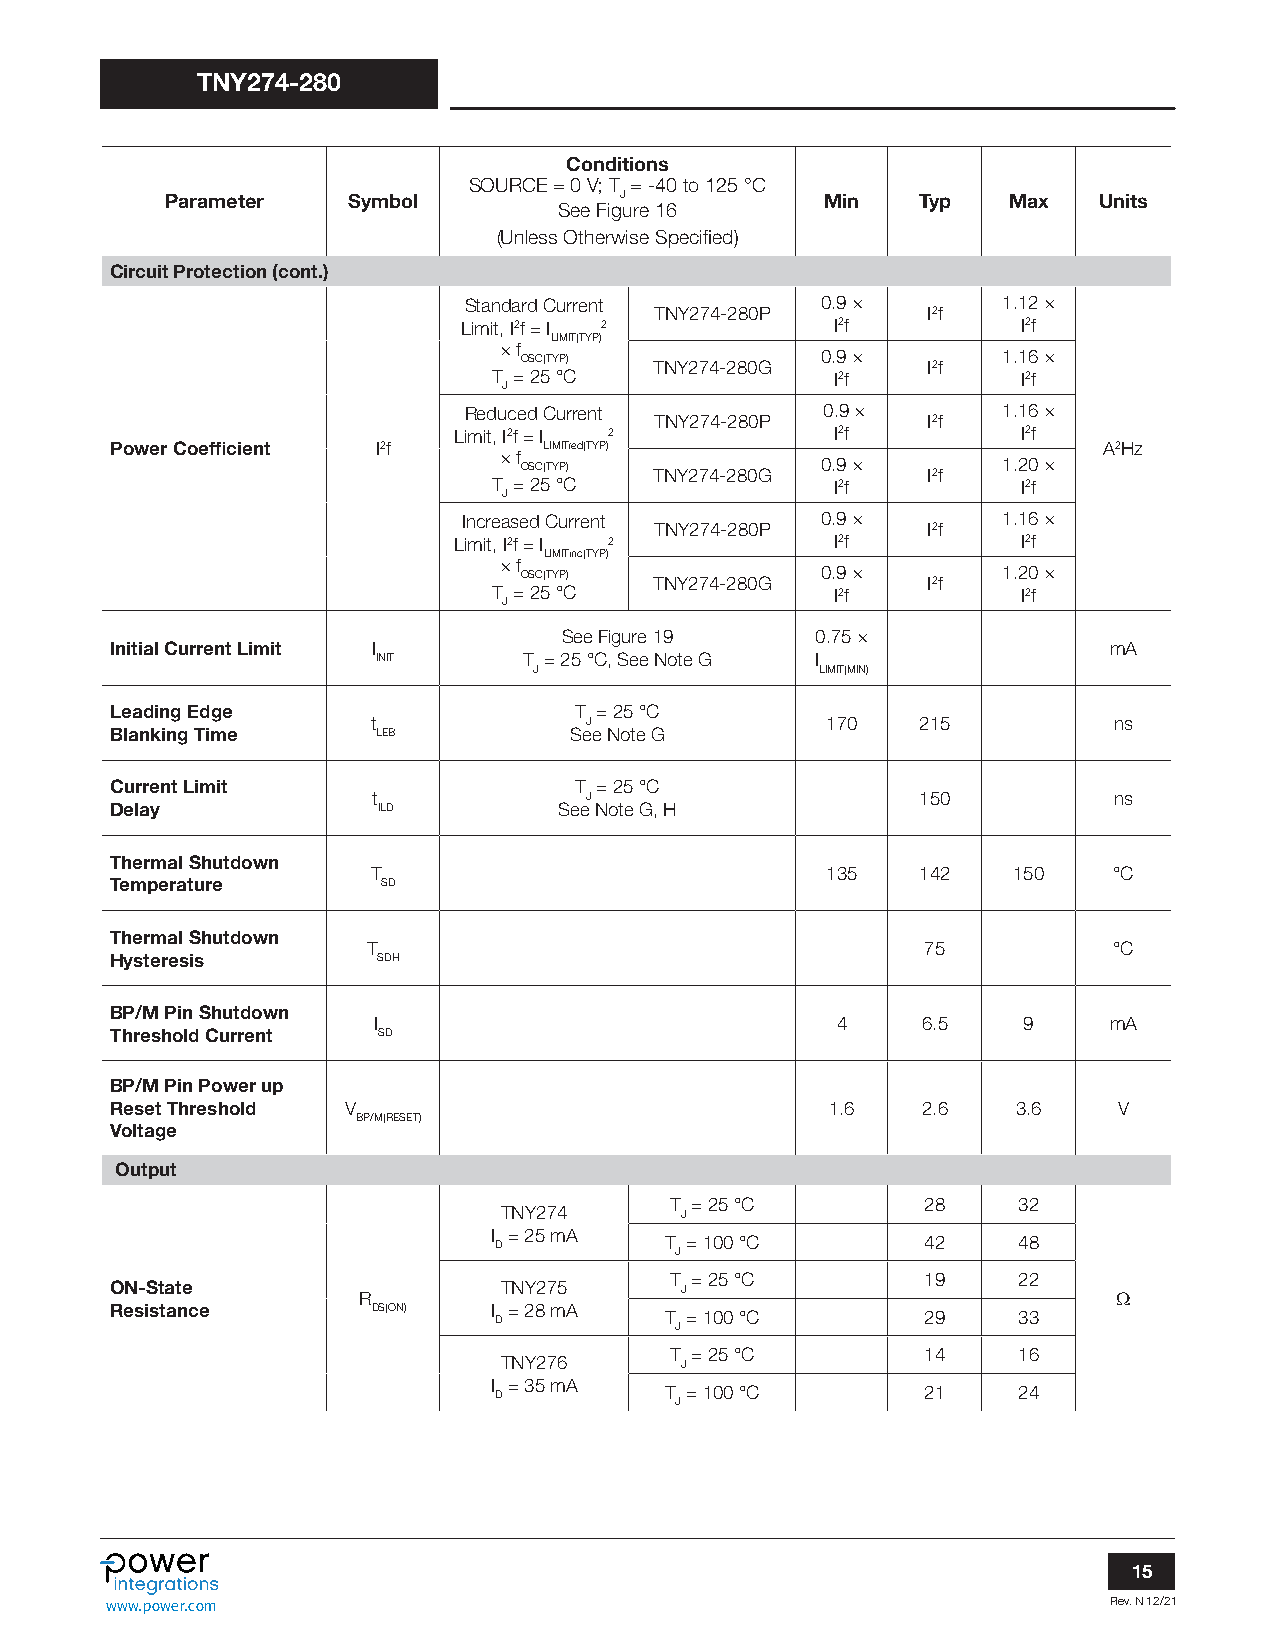
TNY274-280
 Conditions
 SOURCE = 0 V; T = -40 to 125 °C
 Parameter   Symbol            J             Min   Typ   Max   Units
 See Figure 16
 (Unless Otherwise Specified)
 Circuit Protection (cont.)
 Standard Current       0.9 ×       1.12 ×
 TNY274-280P       I2f
 Limit, I2f = I 2        I2f          I2f
 LIMIT(TYP)
 × f
 OSC(TYP) TNY274-280G 0.9 × I2f  1.16 ×
 T = 25 °C             I2f          I2f
 J
 Reduced Current        0.9 ×       1.16 ×
 TNY274-280P       I2f
 Limit, I2f = I 2         I2f          I2f
 Power Coefficient I2f        LIMITred(TYP)                        A2Hz
 × f
 OSC(TYP) TNY274-280G 0.9 × I2f  1.20 ×
 T = 25 °C             I2f          I2f
 J
 Increased Current      0.9 ×       1.16 ×
 TNY274-280P       I2f
 Limit, I2f = I 2         I2f          I2f
 LIMITinc(TYP)
 × f
 OSC(TYP) TNY274-280G 0.9 × I2f  1.20 ×
 T = 25 °C             I2f          I2f
 J
 See Figure 19    0.75 ×
 Initial Current Limit I                                           mA
 INIT      T = 25 °C, See Note G I
 J                  LIMIT(MIN)
 Leading Edge                   T = 25 °C
 t             J               170   215          ns
 Blanking Time     LEB          See Note G
 Current Limit                  T = 25 °C
 t             J                     150          ns
 Delay             ILD         See Note G, H
 Thermal Shutdown
 T                             135   142   150    °C
 Temperature       SD
 Thermal Shutdown
 T                                    75           °C
 Hysteresis        SDH
 BP/M Pin Shutdown
 I                             4     6.5    9    mA
 Threshold Current SD
 BP/M Pin Power up
 Reset Threshold V                               1.6   2.6   3.6    V
 BP/M(RESET)
 Voltage
 Output
 T = 25 °C        28    32
 TNY274      J
 I = 25 mA
 D          T = 100 °C       42    48
 J
 T = 25 °C        19    22
 ON-State                  TNY275      J
 R                                                 W
 Resistance        DS(ON) I = 28 mA
 D          T = 100 °C       29    33
 J
 T = 25 °C        14    16
 TNY276      J
 I = 35 mA
 D          T = 100 °C       21    24
 J
 15
 www.power.com                                                     Rev. N 12/21